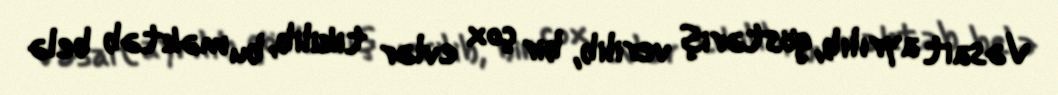
Vəsait ayrılıb, göstəriş verilib, bir çox evlər tikilib, bu məktəb belə